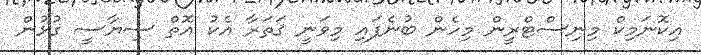
އިކޮނަމިކް މިނިސްޓްރީން މިހެން ބުނެފައި މިވަނީ ޤަތަރާ އެކު އޮތް ސިޔާސީ ގުޅުން